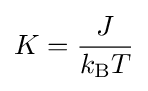
K={\frac {J}{k_{\mathrm {B} }T}}